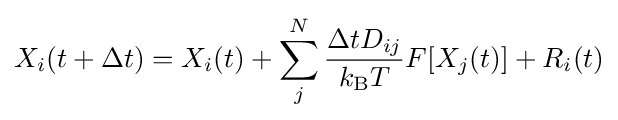
X_{i}(t+\Delta t)=X_{i}(t)+\sum _{j}^{N}{\frac {\Delta tD_{ij}}{k_{\text{B}}T}}F[X_{j}(t)]+R_{i}(t)